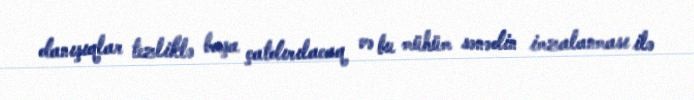
danışıqlar tezliklə başa çatdırılacaq və bu mühüm sənədin imzalanması ilə